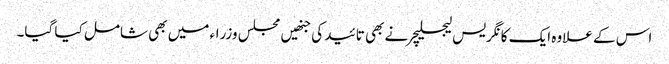
اس کے علاوہ ایک کانگریس لیجسلیچر نے بھی تائید کی جنھیں مجلس وزراء میں بھی شامل کیا گیا۔